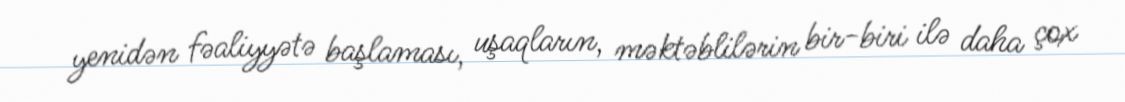
yenidən fəaliyyətə başlaması, uşaqların, məktəblilərin bir-biri ilə daha çox